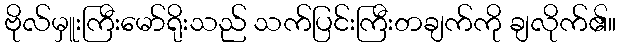
ဗိုလ်မှူးကြီးမော်ရိုးသည် သက်ပြင်းကြီးတချက်ကို ချလိုက်၏။